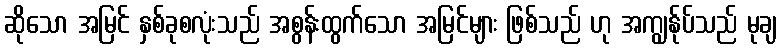
ဆိုသော အမြင် နှစ်ခုစလုံးသည် အစွန်းထွက်သော အမြင်များ ဖြစ်သည် ဟု အကျွန်ုပ်သည် မုချ